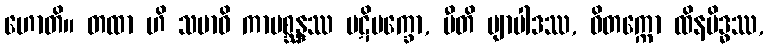
ဟောတိ။ တထာ ဟိ သမာဓိ ကာမစ္ဆန္ဒဿ ပဋိပက္ခော, ပီတိ ဗျာပါဒဿ, ဝိတက္ကော ထိနမိဒ္ဓဿ,